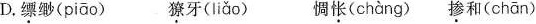
D.缥缈( piāo )獠牙( Iiǎo )惆怅( chàng )掺和(chān)